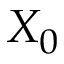
X _ { 0 }